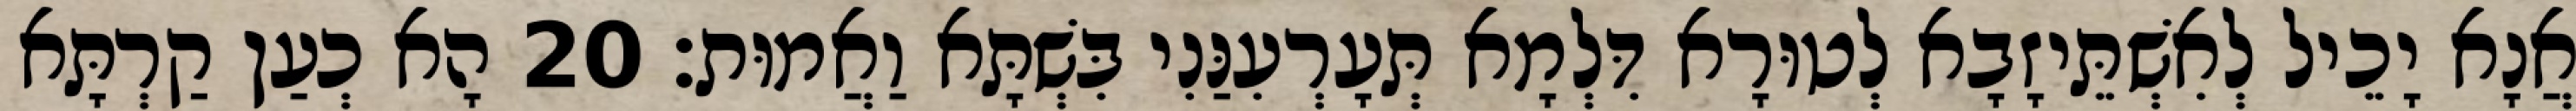
אֲנָא יָכֵיל לְאִשְׁתֵּיזָבָא לְטוּרָא דִּלְמָא תְּעָרְעִנַּנִי בִּשְׁתָּא וַאֲמוּת׃ 20 הָא כְעַן קַרְתָּא